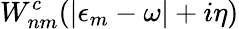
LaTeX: W_{nm}^{c}(|\epsilon_{m}-\omega|+i\eta)